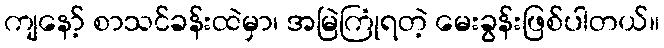
ကျနော့် စာသင်ခန်းထဲမှာ၊ အမြဲကြုံရတဲ့ မေးခွန်းဖြစ်ပါတယ်။